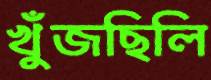
খুঁজছিলি